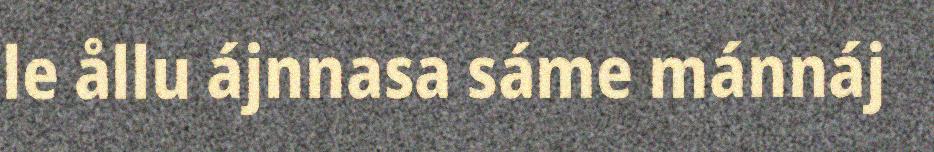
le ållu ájnnasa sáme mánnáj